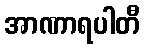
အာဏာရပါတီ